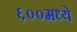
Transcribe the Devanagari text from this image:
६००मध्ये